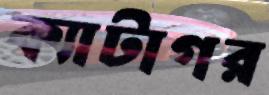
ক্যাটাগর